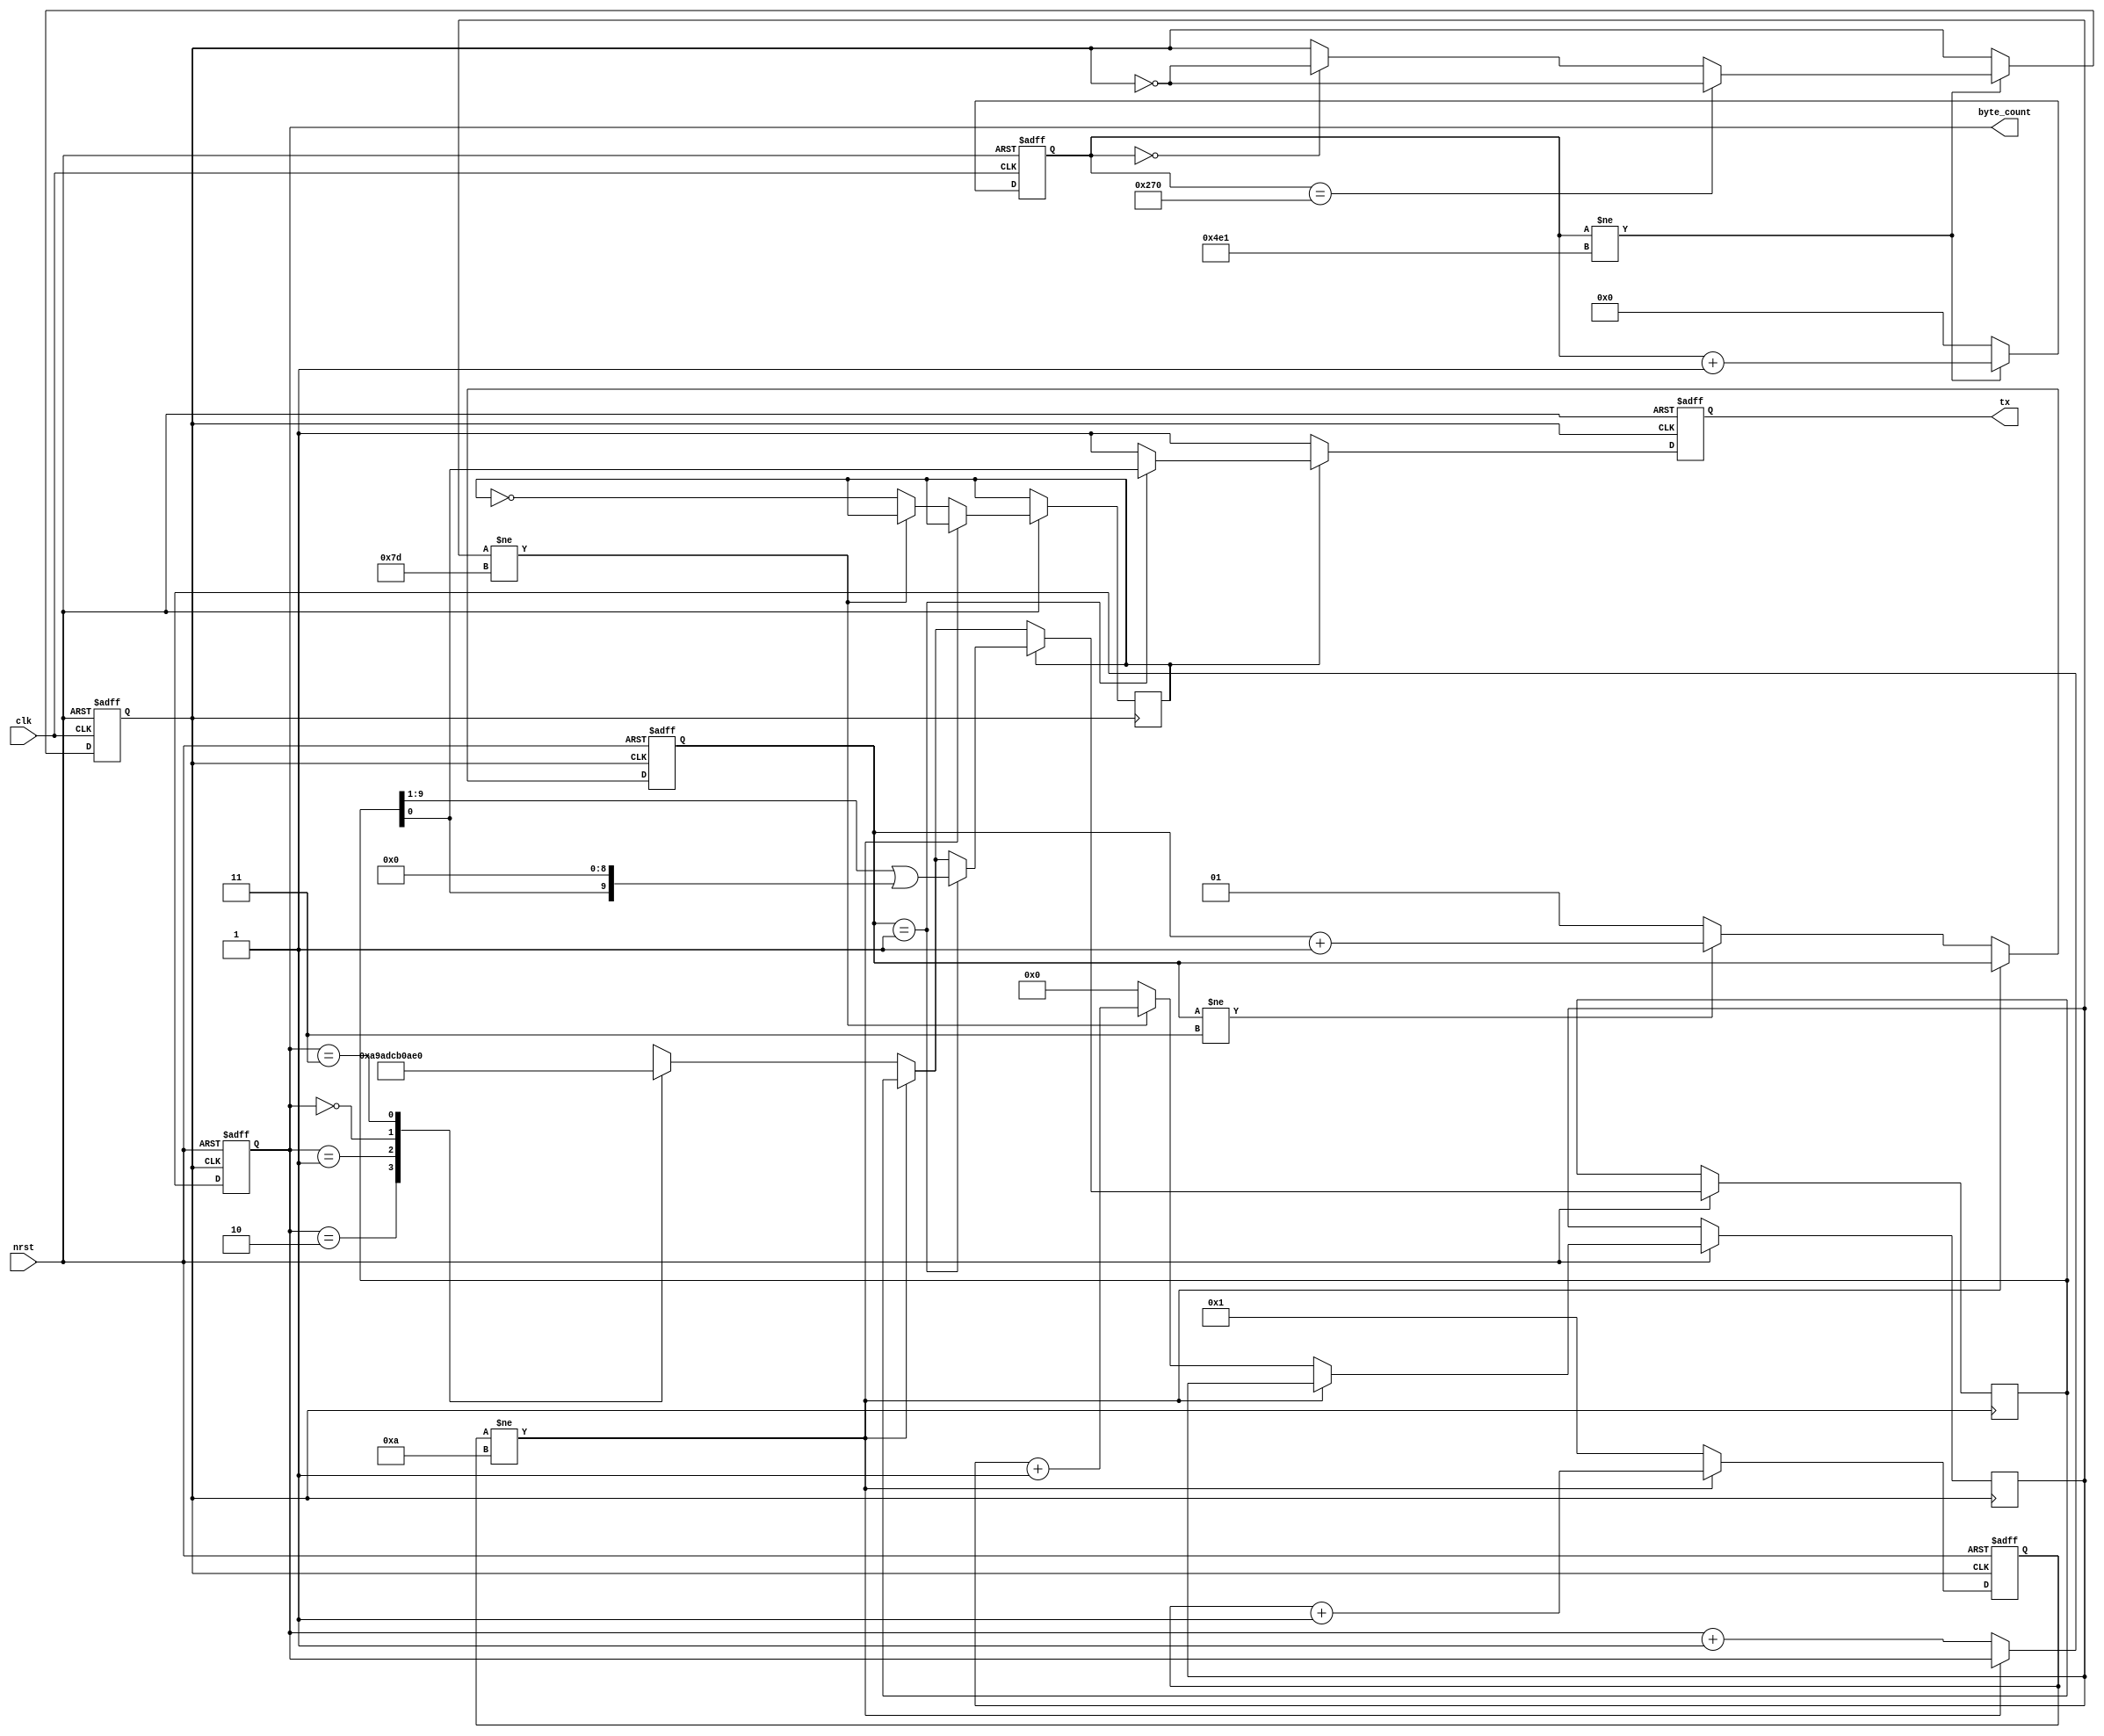
module UART_tx(clk, nrst, tx, byte_count);
	input clk;
	input nrst;
	output tx;
	output [1:0] byte_count;
	
	parameter freq = 12000000;
	parameter baud = 9600;
	parameter lim = freq/baud;
	
	reg [10:0] count = 11'd0;
	reg bit_clk = 0;
	 	
	always @(posedge clk or negedge nrst)begin
		if(!nrst)begin
			count <= 0;
			bit_clk <= 0;
		end
		else begin
			if(count!=lim-1)begin
				if(count==(lim-1)/2)begin
					bit_clk <= ~bit_clk;
				end
				else if(count==0)begin
					bit_clk <= ~bit_clk;
				end
				else begin
					bit_clk <= bit_clk;
				end
				count <= count + 11'd1;
			end
			else begin
				count <= 0;
			end
		end
	end
	
	reg [9:0] data = {1'b1,8'hff,1'b1};
	reg tx;
	reg [3:0] bit_count = 4'd0;  
	reg [1:0] flag = 2'b0;
	reg [1:0] byte_count = 2'd0;
	reg busy = 1'd1;
	reg [9:0] frame_count = 10'd0;
	
	always@(posedge bit_clk or negedge nrst)begin
		if(!nrst)begin
			tx <= 1;
			bit_count <= 0;
			flag <= 1;
			byte_count <= 0;
		end
		else begin
			if(bit_count!=10)begin
				bit_count <= bit_count + 1;
			end
			else begin
				bit_count <= 1;
				if(frame_count!=125)begin
					frame_count <= frame_count + 10'd1;
				end
				else begin
					frame_count <= 10'd0;
					busy <= ~busy;
				end

				if(flag!=3)begin
					flag <= flag + 1;
				end
				else begin
					flag <= 1;
				end
			
				if(byte_count!=4)begin
					byte_count <= byte_count + 1;
				end
				else begin
					byte_count <= 0;
				end
				
				case(byte_count)
					2'b10	: data <= {1'b1,8'h53,1'b0};
					2'b01	: data <= {1'b1,8'h6e,1'b0};
					2'b00	: data <= {1'b1,8'h61,1'b0};
					2'b11	: data <= {1'b1,8'h70,1'b0};
					default : data <= {1'b1,8'hff,1'b1};
				endcase
			end
			
			if(!busy)begin
				tx <= 1'b1;
			end
			else begin
				case(flag)
					//2'b00 	: tx <= 1'b1;
					2'b01	: begin
							tx <= data[0];	
							data <= data >> 1 | {data[0],9'd0};
							end
					default	: tx <= 1'b1;
				endcase
			end
		end
	end
	
endmodule